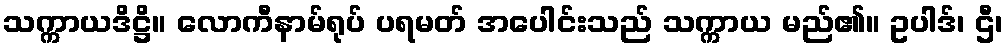
သက္ကာယဒိဋ္ဌိ။ လောကီနာမ်ရုပ် ပရမတ် အပေါင်းသည် သက္ကာယ မည်၏။ ဥပါဒ်၊ ဌီ၊